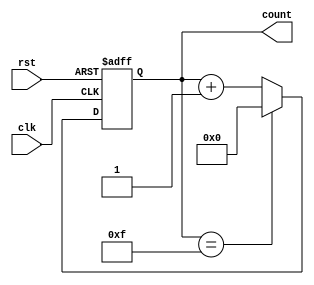
module binary_counter (
    input wire clk,       // Clock input
    input wire rst,       // Asynchronous reset
    output reg [3:0] count // 4-bit output representing the current count
);

    // Always block triggered on the rising edge of the clock or when reset is asserted
    always @(posedge clk or posedge rst) begin
        if (rst) begin
            count <= 4'b0000; // Reset the counter to 0
        end else begin
            if (count == 4'b1111) begin
                count <= 4'b0000; // Wrap around to 0 if the count reaches 15
            end else begin
                count <= count + 1; // Increment the counter
            end
        end
    end

endmodule